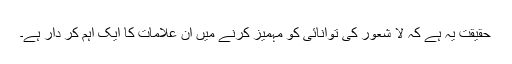
حقیقت یہ ہے کہ لا شعور کی توانائی کو مہمیز کرنے میں ان علامات کا ایک اہم کر دار ہے۔